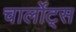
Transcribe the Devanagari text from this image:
चार्लोट्स